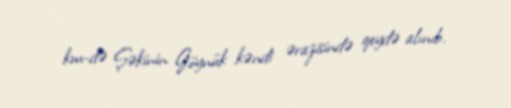
km-də Şəkinin Göynük kəndi ərazisində qeydə alınıb.